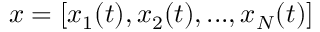
\boldsymbol { x } = [ x _ { 1 } ( t ) , x _ { 2 } ( t ) , . . . , x _ { N } ( t ) ]